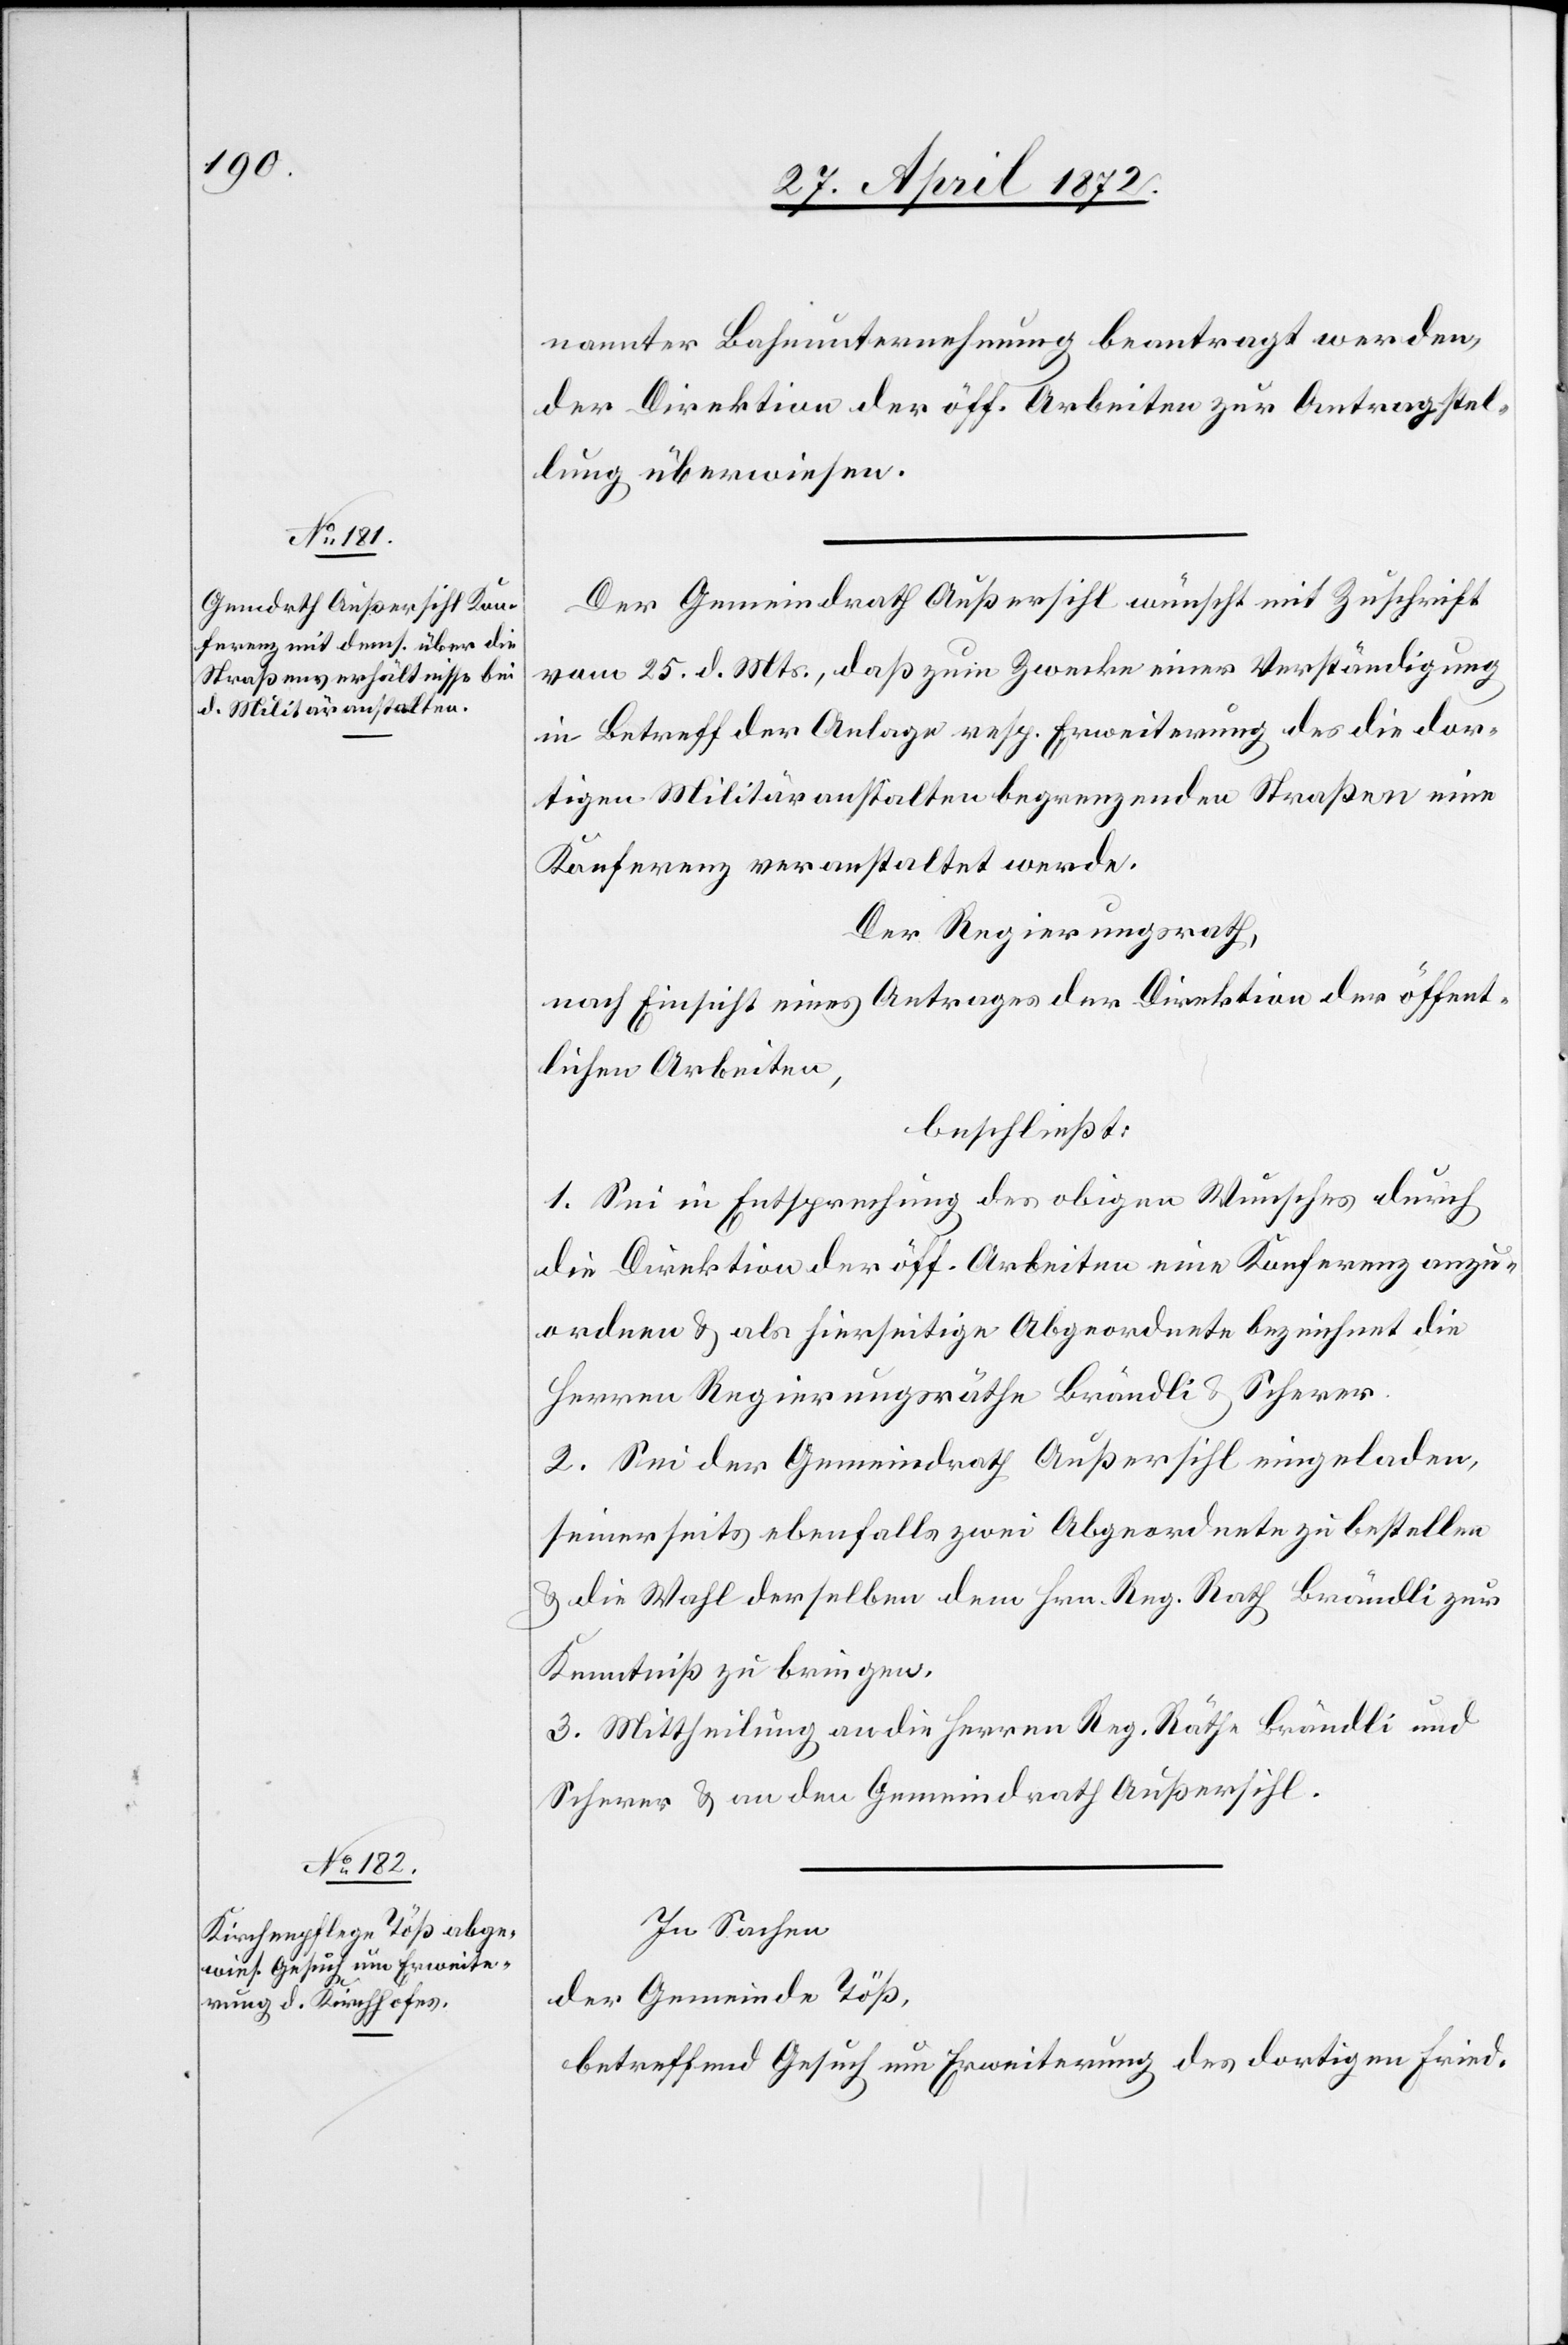
nannter Bahnunternehmung beantragt werden,
der Direktion der öff. Arbeiten zur Antragstel¬
lung überwiesen.
Der Gemeindrath Außersihl wünscht mit Zuschrift
vom 25. d. Mts., daß zum Zwecke einer Verständigung
in Betreff der Anlage resp. Erweiterung des [sic!] die
dortigen Militäranstalten begrenzenden Straßen eine
Konferenz veranstaltet werde.
Der Regierungsrath,
nach Einsicht eines Antrages der Direktion der öffent¬
lichen Arbeiten,
beschließt:
1. Sei in Entsprechung des obigen Wunsches durch
die Direktion der öff. Arbeiten eine Konferenz anzu¬
ordnen u. als hierseitige Abgeordnete bezeichnet die
Herren Regierungsräthe Brändli u. Scherer.
2. Sei der Gemeindrath Außersihl eingeladen,
seinerseits ebenfalls zwei Abgeordnete zu bestellen
u. die Wahl derselben dem Hrn. Reg. Rath Brändli zur
Kenntniß zu bringen.
3. Mittheilung an die Herren Reg. Räthe Brändli und
Scherer u. an den Gemeindrath Außersihl.
In Sachen
der Gemeinde Töß,
betreffend Gesuch um Erweiterung des dortigen Fried-